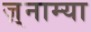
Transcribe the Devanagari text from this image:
ज़्नाम्या